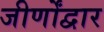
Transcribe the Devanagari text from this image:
जीर्णोंद्वार